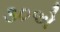
૩૦એ